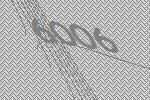
6006